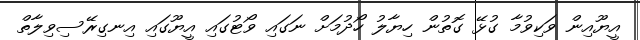
އީޔޫއިން ވަކިވުމާ ގުޅޭ ގޮތުން ހިޔާލު ހޯދުމަށް ނަގައި ވޯޓުގައި އީޔޫގައި އިނގިރޭސިވިލާތް